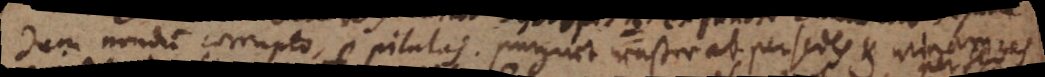
dum nondum corrupto, per pilulas purgirt waßer ab per sedes et urinam.